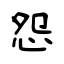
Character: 怨